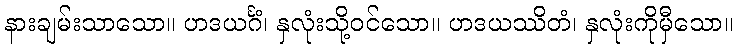
နားချမ်းသာသော။ ဟဒယင်္ဂံ၊ နှလုံးသို့ဝင်သော။ ဟဒယဿိတံ၊ နှလုံးကိုမှီသော။